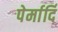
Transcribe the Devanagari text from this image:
पेर्मार्दि